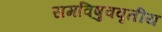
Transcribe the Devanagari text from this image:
समविषुववृतीय